Source: Handwritten
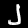
Digit: ၂ (2)